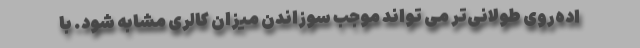
اده‌روی طولانی‌تر می تواند موجب سوزاندن میزان کالری مشابه شود. با